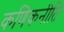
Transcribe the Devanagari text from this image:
कणिकनीति